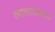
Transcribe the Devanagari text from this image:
त्यासारख्याच